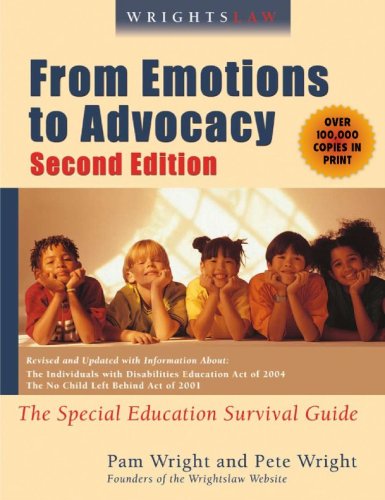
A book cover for Wrightslaw: From Emotions to Advocacy: The Special Education Survival Guide; Peter W. D. Wright and Pamela Darr Wright; Education & Teaching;